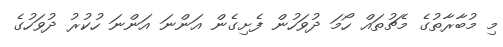
މި މުބާރާތުގެ މެޗުތައް ހޯމަ ދުވަހުން ފެށިގެން އަންނަ އަންނަ ހުކުރު ދުވަހުގެ